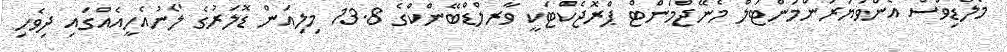
މޯލްޑިވްސް އެންވަޔަރަންމަންޓަލް މެނޭޖްމަންޓް ޕްރޮޖެކްޓަކީ ވާރލްޑްބޭންކްގެ 13.8 މިލިއަން ޑޮލަރުގެ ލޯނުއެހީއެއްގައި ދިވެހި